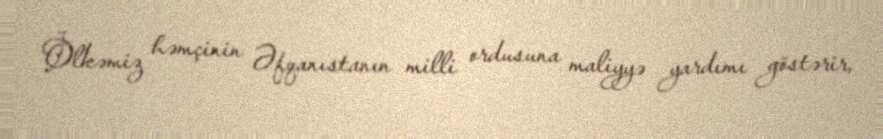
Ölkəmiz həmçinin Əfqanıstanın milli ordusuna maliyyə yardımı göstərir,